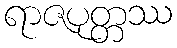
ရာဇပုတ္တဿ